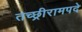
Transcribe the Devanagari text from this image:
तच्छ्रीरामपदे